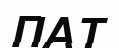
ПАТ